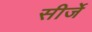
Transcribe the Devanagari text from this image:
सीर्जे